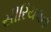
સીરિયલના